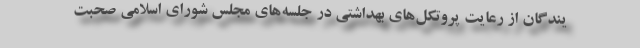
یندگان از رعایت پروتکل‌های بهداشتی در جلسه‌های مجلس شورای اسلامی صحبت